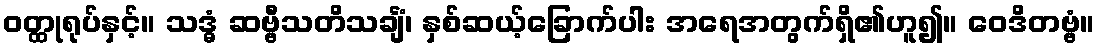
ဝတ္ထုရုပ်နှင့်။ သဒ္ဓံ ဆဗ္ဗီသတိသင်္ချံ၊ နှစ်ဆယ့်ခြောက်ပါး အရေအတွက်ရှိ၏ဟူ၍။ ဝေဒိတဗ္ဗံ။